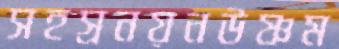
সহস্রনয়নউষ্ণম